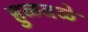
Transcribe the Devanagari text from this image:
हुळवळे